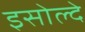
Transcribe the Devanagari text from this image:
इसोल्दे